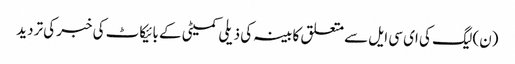
(ن) لیگ کی ای سی ایل سے متعلق کابینہ کی ذیلی کمیٹی کے بائیکاٹ کی خبر کی تردید